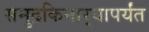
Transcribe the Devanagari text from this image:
समुद्रकिनार्‍यापर्यंत